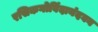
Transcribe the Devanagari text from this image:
रसिकगोविंदानंदघन